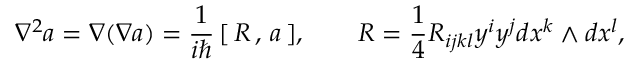
\nabla ^ { 2 } a = \nabla ( \nabla a ) = \frac 1 { i \hbar } \, [ \, R \, , \, a \, ] , \qquad R = \frac 1 4 R _ { i j k l } y ^ { i } y ^ { j } d x ^ { k } \wedge d x ^ { l } ,